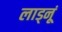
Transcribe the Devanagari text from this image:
लाड्नूं